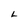
Character: L